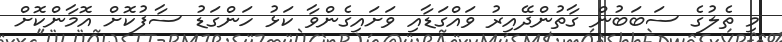
މި ތެލުގެ ސަބަބުން ގާތުންދޭއިރު ވައްގަޑާއި ވަށައިގެންވާ ކަޅު ހަންގަޑު ސާފުކޮށް އޮމާންކޮށް